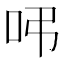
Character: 𠰀